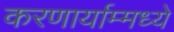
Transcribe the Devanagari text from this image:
करणार्याम्मध्ये